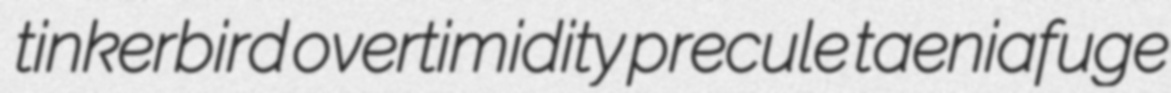
tinkerbird overtimidity precule taeniafuge